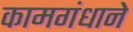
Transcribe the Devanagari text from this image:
कामगंधाने